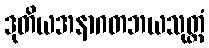
ဒုတိယအနာဂတဘယသုတ္တံ